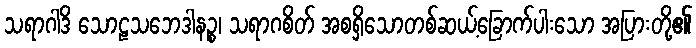
သရာဂါဒိ သောဠသဘေဒါနဉ္စ၊ သရာဂစိတ် အစရှိသောတစ်ဆယ့်ခြောက်ပါးသော အပြားတို့၏